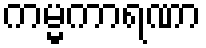
ကမ္မကာရဏာ